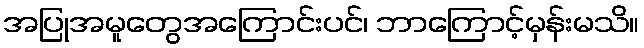
အပြုအမူတွေအကြောင်းပင်၊ ဘာကြောင့်မှန်းမသိ။